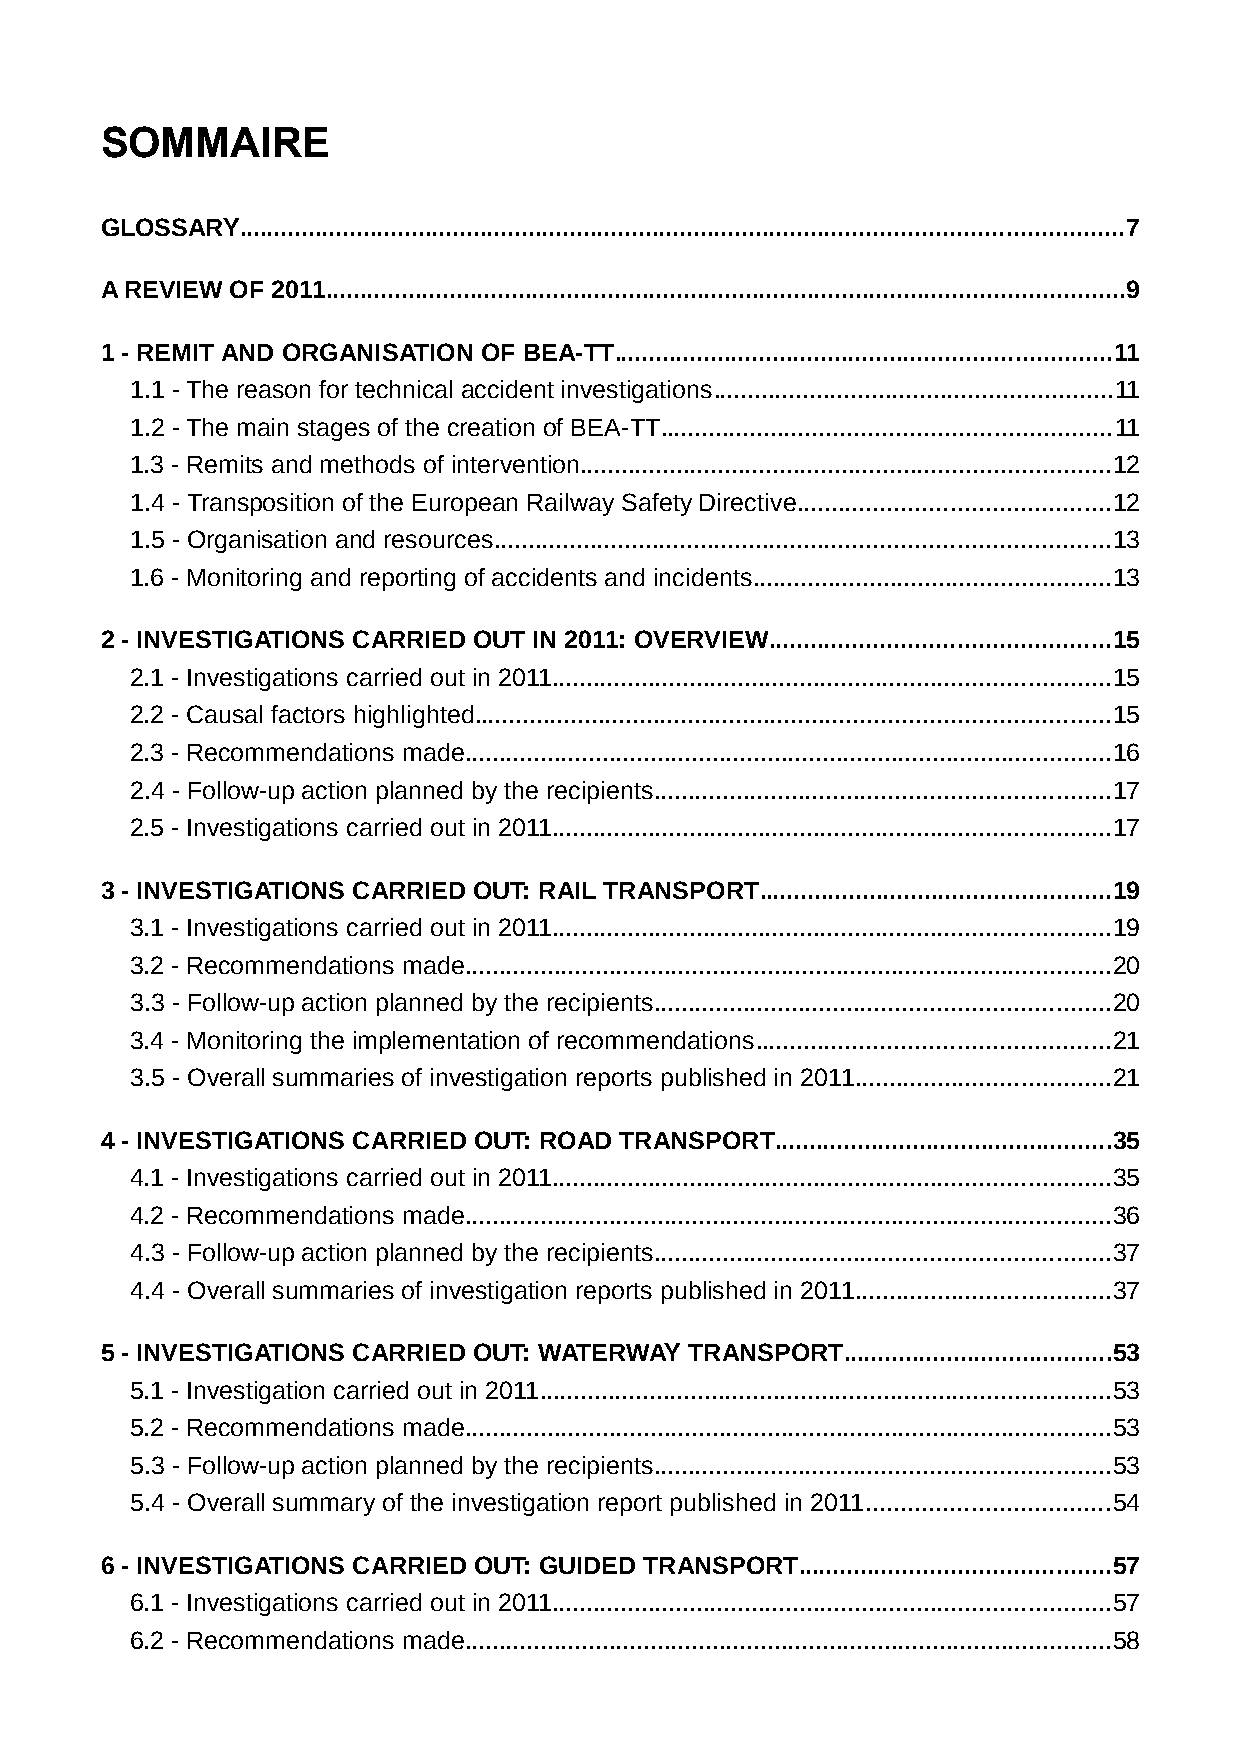
SOMMAIRE
 GLOSSARY................................................................................................................................7
 A REVIEW OF 2011....................................................................................................................9
 1 - REMIT AND ORGANISATION OF BEA-TT........................................................................11
 1.1 - The reason for technical accident investigations..........................................................11
 1.2 - The main stages of the creation of BEA-TT.................................................................11
 1.3 - Remits and methods of intervention.............................................................................12
 1.4 - Transposition of the European Railway Safety Directive.............................................12
 1.5 - Organisation and resources.........................................................................................13
 1.6 - Monitoring and reporting of accidents and incidents....................................................13
 2 - INVESTIGATIONS CARRIED OUT IN 2011: OVERVIEW.................................................15
 2.1 - Investigations carried out in 2011.................................................................................15
 2.2 - Causal factors highlighted............................................................................................15
 2.3 - Recommendations made..............................................................................................16
 2.4 - Follow-up action planned by the recipients..................................................................17
 2.5 - Investigations carried out in 2011.................................................................................17
 3 - INVESTIGATIONS CARRIED OUT: RAIL TRANSPORT...................................................19
 3.1 - Investigations carried out in 2011.................................................................................19
 3.2 - Recommendations made..............................................................................................20
 3.3 - Follow-up action planned by the recipients..................................................................20
 3.4 - Monitoring the implementation of recommendations...................................................21
 3.5 - Overall summaries of investigation reports published in 2011.....................................21
 4 - INVESTIGATIONS CARRIED OUT: ROAD TRANSPORT.................................................35
 4.1 - Investigations carried out in 2011.................................................................................35
 4.2 - Recommendations made..............................................................................................36
 4.3 - Follow-up action planned by the recipients..................................................................37
 4.4 - Overall summaries of investigation reports published in 2011.....................................37
 5 - INVESTIGATIONS CARRIED OUT: WATERWAY TRANSPORT.......................................53
 5.1 - Investigation carried out in 2011...................................................................................53
 5.2 - Recommendations made..............................................................................................53
 5.3 - Follow-up action planned by the recipients..................................................................53
 5.4 - Overall summary of the investigation report published in 2011...................................54
 6 - INVESTIGATIONS CARRIED OUT: GUIDED TRANSPORT.............................................57
 6.1 - Investigations carried out in 2011.................................................................................57
 6.2 - Recommendations made..............................................................................................58